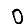
Digit: 0